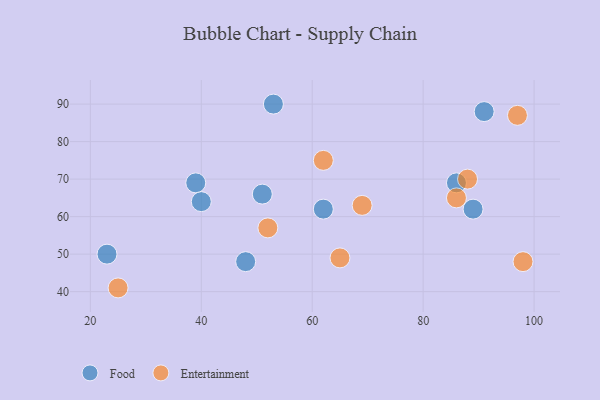
{"axis": {"x": "GDP", "y": "Life Expectancy"}, "legend": ["Entertainment", "Food"], "data": [{"x": "86", "y": 69, "type": "Food"}, {"x": "62", "y": 62, "type": "Food"}, {"x": "39", "y": 69, "type": "Food"}, {"x": "91", "y": 88, "type": "Food"}, {"x": "89", "y": 62, "type": "Food"}, {"x": "51", "y": 66, "type": "Food"}, {"x": "40", "y": 64, "type": "Food"}, {"x": "23", "y": 50, "type": "Food"}, {"x": "53", "y": 90, "type": "Food"}, {"x": "48", "y": 48, "type": "Food"}, {"x": "52", "y": 57, "type": "Entertainment"}, {"x": "62", "y": 75, "type": "Entertainment"}, {"x": "86", "y": 65, "type": "Entertainment"}, {"x": "69", "y": 63, "type": "Entertainment"}, {"x": "97", "y": 87, "type": "Entertainment"}, {"x": "88", "y": 70, "type": "Entertainment"}, {"x": "98", "y": 48, "type": "Entertainment"}, {"x": "65", "y": 49, "type": "Entertainment"}, {"x": "25", "y": 41, "type": "Entertainment"}]}